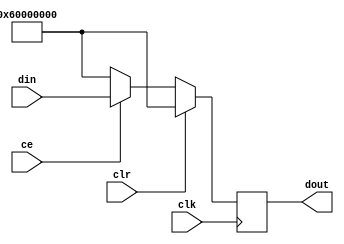

////////////////////////////////////////////////////////////////////////////////
// Company: 
// Engineer:
//
// Design Name:    
// Module Name:    register_32bit_ce
// Project Name:   
// Target Device:  
// Tool versions:  
// Description:
//
// Dependencies:
// 
// Revision:
// Revision 0.01 - File Created
// Additional Comments:
// 
////////////////////////////////////////////////////////////////////////////////
module register_32bit_ce(din, clk, clr, ce, dout);
    input [31:0] din ;
    input clk ;
    input clr ;
    input ce ;
    output [31:0] dout ;

	 reg [31:0] dout ;
    
	 always @(posedge clk)
	 begin
	 		if(clr)
			dout <= 32'b 01100000000000000000000000000000 ;

			else
			begin
					if (ce)
						dout <= din ;
					else
					   dout <= 32'b 01100000000000000000000000000000 ; 
			end
	 end

endmodule